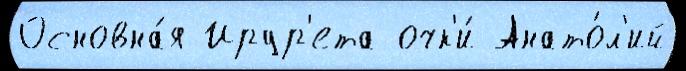
Основна́я Ирур'ета очк'и́ Анато́л'ий